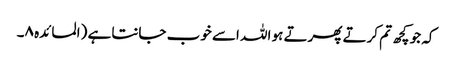
کہ جو کچھ تم کرتے پھرتے ہو اللہ اسے خوب جانتا ہے (المائدہ ۸۔